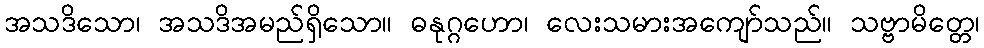
အသဒိသော၊ အသဒိအမည်ရှိသော။ ဓနုဂ္ဂဟော၊ လေးသမားအကျော်သည်။ သဗ္ဗာမိတ္တေ၊